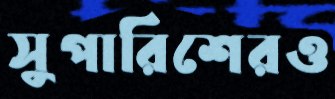
সুপারিশেরও